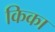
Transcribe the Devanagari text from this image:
किका